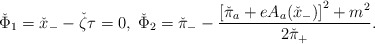
\begin{align*}\check{\Phi}_{1}=\check{x}_{-}-\check{\zeta}\tau=0,\;\check{\Phi}_{2}=\check{\pi}_{-}-\frac{\left[\check{\pi}_{a}+eA_{a}(\check{x}_{-})\right]^{2}+m^{2}}{2\check{\pi}_{+}}. \end{align*}